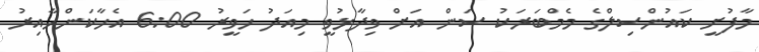
މާފުށީ ކައުންސިލްގެ މެމްބަރަކު ސަން އަށް ވިދާޅުވީ މިއަދު ހަވީރު 6:00 އެހާކަންހާއިރު